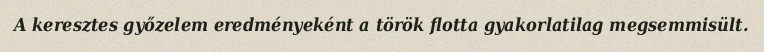
A keresztes győzelem eredményeként a török flotta gyakorlatilag megsemmisült.